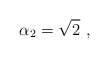
\begin{align*} \alpha_2 = \sqrt{2}\ ,\end{align*}